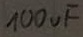
Text: 100µF